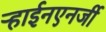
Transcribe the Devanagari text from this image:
ऱ्हाईनएनर्जी